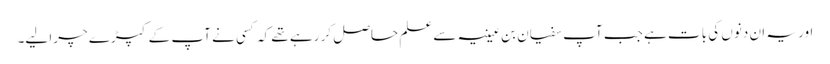
اور یہ ان دنوں کی بات ہے جب آپ سفیان بن عیینہ سے علم حاصل کر رہے تھے کہ کسی نے آپ کے کپڑے چرا لیے۔